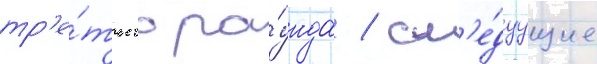
тр'е́тьего ра́унда / сл'е́дуущие